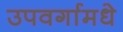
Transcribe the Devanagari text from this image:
उपवर्गामधे